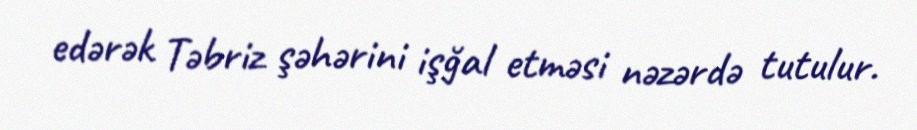
edərək Təbriz şəhərini işğal etməsi nəzərdə tutulur.